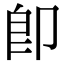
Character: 即